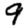
Digit: 9